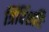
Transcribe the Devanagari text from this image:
त्रिंविंशतिः